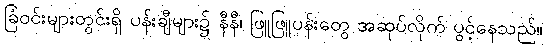
ခြံဝင်းများတွင်းရှိ ပန်းချီများ၌ နီနီ၊ ဖြူဖြူပန်းတွေ အဆုပ်လိုက် ပွင့်နေသည်။